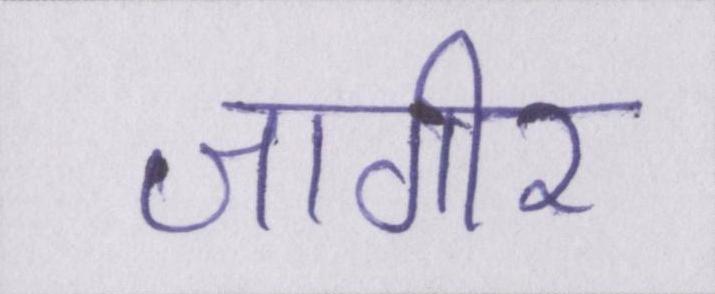
जागीर